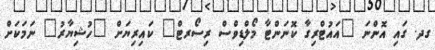
ގދ. ގައި އޮންނަ "އައުޓްރިގާ ކޮނަންޓާ މޯލްޑިވްސް ރިސޯރޓް" ކައިރިޔަށް "ހުޝިޔާރު" ނަމަކަށް